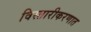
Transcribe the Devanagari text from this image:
विस्तारीकरणात